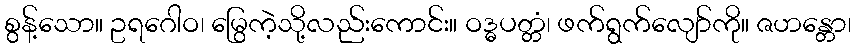
စွန့်သော။ ဥရဂေါဝ၊ မြွေကဲ့သို့လည်းကောင်း။ ဝဒ္ဓပတ္တံ၊ ဖက်ရွက်လျော်ကို။ ဇဟန္တော၊